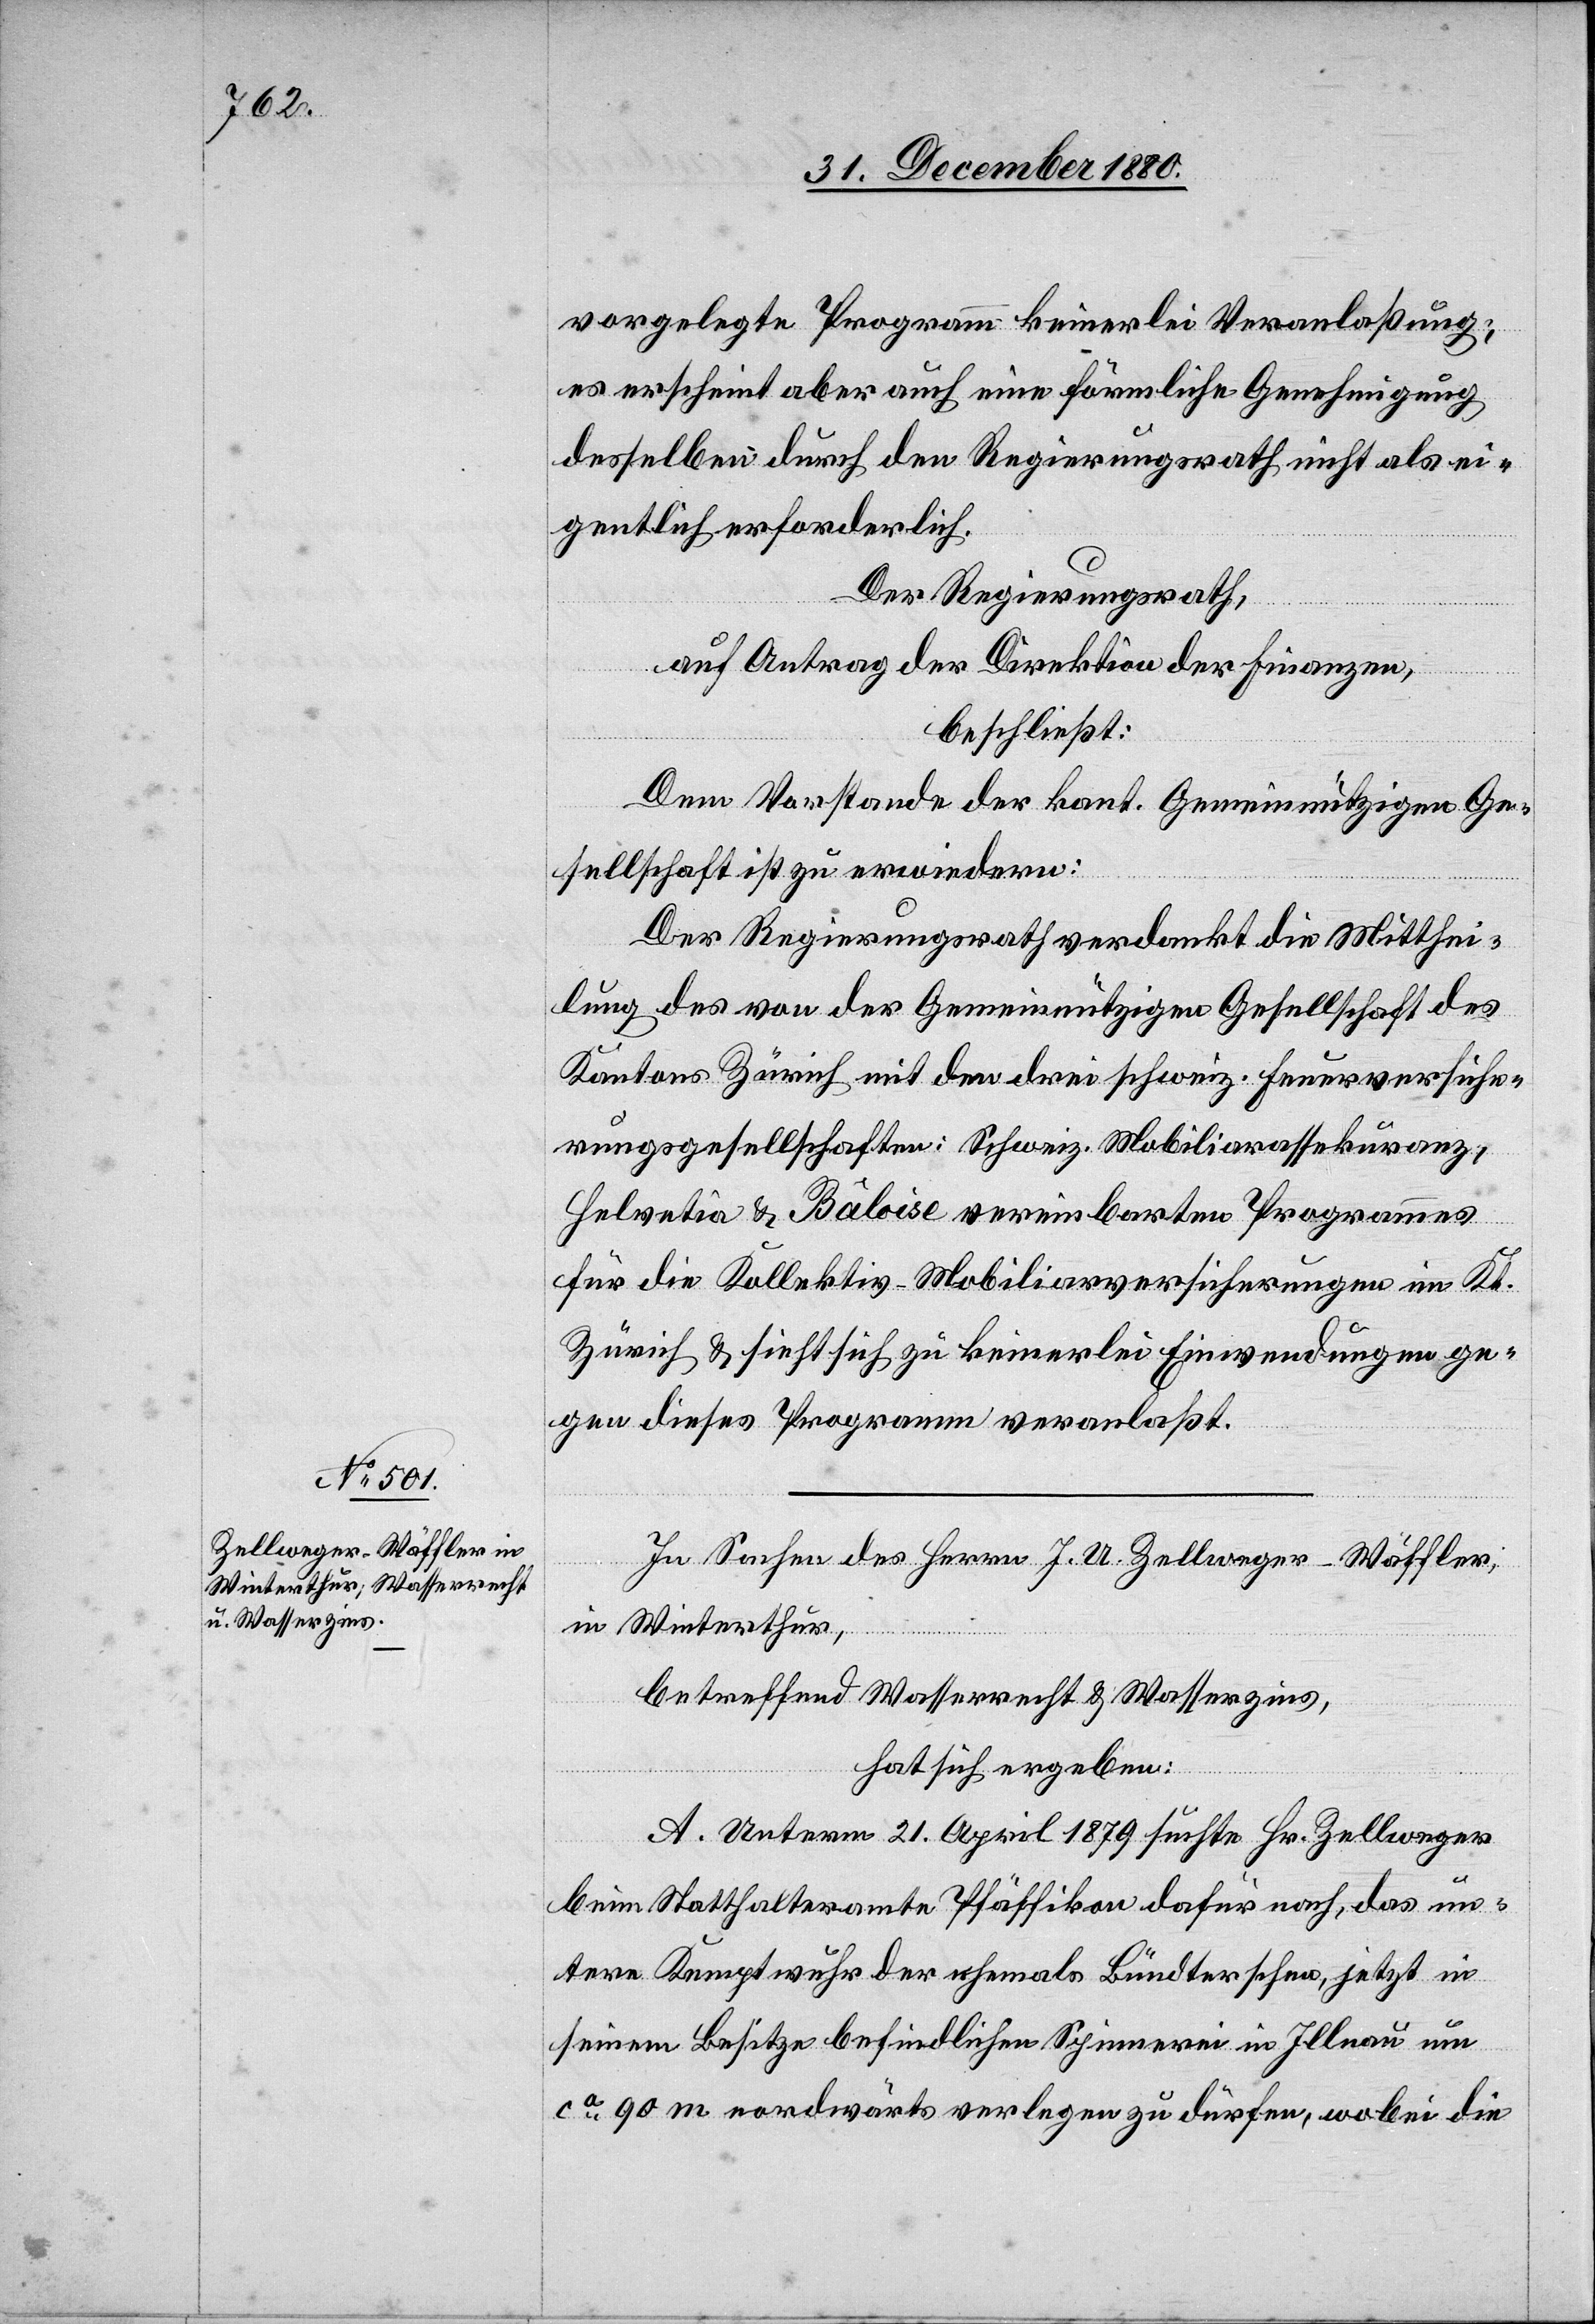
vorgelegte Programm keinerlei Veranlaßung;
es erscheint aber auch eine förmliche Genehmigung
desselben durch den Regierungsrath nicht als ei¬
gentlich erforderlich.
Der Regierungsrath,
auf Antrag der Direktion der Finanzen,
beschließt:
Dem Vorstande der kant. Gemeinnützigen Ge¬
sellschaft ist zu erwiedern:
Der Regierungsrath verdankt die Mitthei¬
lung des von der Gemeinnützigen Gesellschaft des
Kantons Zürich mit den drei schweiz. Feuerversiche¬
rungsgesellschaften: Schweiz. Mobiliarassekuranz,
Helvetia & Bâloise vereinbarten Programmes
für die Kollektiv-Mobiliarversicherungen im Kt.
Zürich & sieht sich zu keinerlei Einwendungen ge¬
gen dieses Programm veranlaßt.
In Sachen des Herrn J. A. Zellweger-Wäffler,
in Winterthur,
betreffend Wasserrecht & Wasserzins,
hat sich ergeben:
A. Unterm 21. April 1879 suchte Hr. Zellweger
beim Statthalteramte Pfäffikon dafür nach, das un¬
tere Kemptwuhr der ehemals Bündterschen, jetzt in
seinem Besitze befindlichen Spinnerei in Illnau um
ca 90 m nordwärts verlegen zu dürfen, wobei die